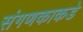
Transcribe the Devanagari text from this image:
संगणकाकडे